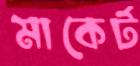
মাকের্ট